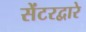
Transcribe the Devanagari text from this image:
सेंटरद्वारे